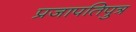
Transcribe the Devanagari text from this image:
प्रजापतिपुत्र